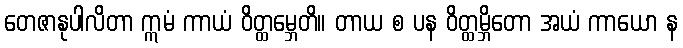
တေဇာနုပါလိတာ ဣမံ ကာယံ ဝိတ္ထမ္ဘေတိ။ တာယ စ ပန ဝိတ္ထမ္ဘိတော အယံ ကာယော န